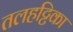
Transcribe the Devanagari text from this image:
तलहट्टिका